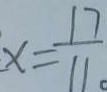
x = \frac { 1 7 } { 1 1 }